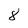
Character: 8